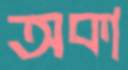
অকা